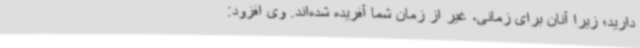
دارید؛ زیرا آنان برای زمانی، غیر از زمان شما آفریده شده‌اند. وی افزود: